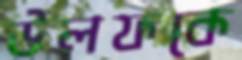
উলফকে